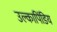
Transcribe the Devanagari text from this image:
उल्कापिंडिय